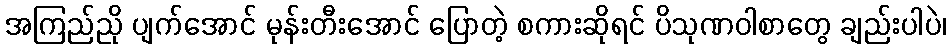
အကြည်ညို ပျက်အောင် မုန်းတီးအောင် ပြောတဲ့ စကားဆိုရင် ပိသုဏဝါစာတွေ ချည်းပါပဲ၊